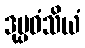
ဒုပ္ပဓံသိယံ